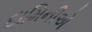
દામિનીએ